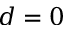
d = 0